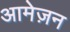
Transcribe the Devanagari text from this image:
आमेज़न